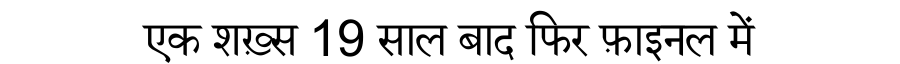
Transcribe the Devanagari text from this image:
एक शख़्स 19 साल बाद फिर फ़ाइनल में